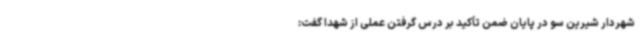
شهردار شیرین سو در پایان ضمن تأکید بر درس گرفتن عملی از شهدا گفت: